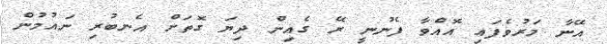
އޭނާ މަރުވެފައި އޮއްވާ ފެނުނީ ރޭ ގެއިން ދިޔަ ގޮތަށް އެނބުރި ނައުމުން